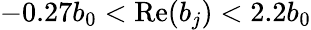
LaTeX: -0.27b_{0}<\mathrm{Re}(b_{j})<2.2b_{0}